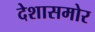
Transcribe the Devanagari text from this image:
देशासमोर